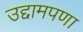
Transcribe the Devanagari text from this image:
उद्दामपणा